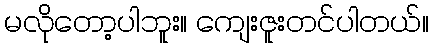
မလိုတော့ပါဘူး။ ကျေးဇူးတင်ပါတယ်။